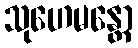
သုဟေမန္တော